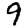
Digit: 9